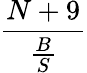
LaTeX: \frac{N+9}{\frac{B}{S}}